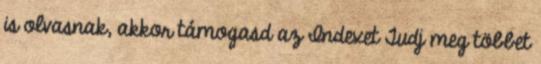
is olvasnak, akkor támogasd az Indexet Tudj meg többet